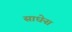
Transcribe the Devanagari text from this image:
साधेना